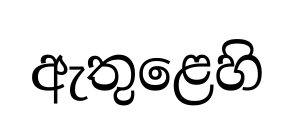
ඇතුළෙහි